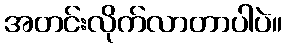
အတင်းလိုက်လာတာပါပဲ။